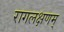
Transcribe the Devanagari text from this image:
रागलक्षणम्